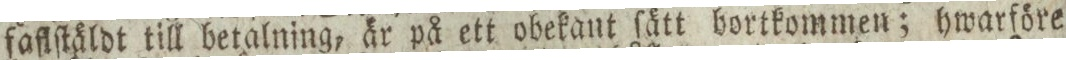
faflſtäldt till betalning, är på ett obekant ſätt bortkommen; hwarföre